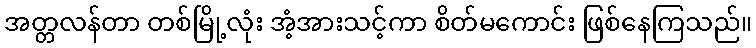
အတ္တလန်တာ တစ်မြို့လုံး အံ့အားသင့်ကာ စိတ်မကောင်း ဖြစ်နေကြသည်။